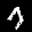
Label: 7